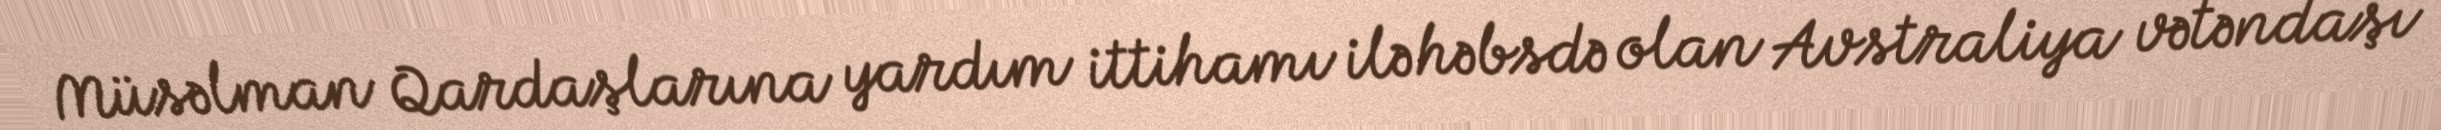
Müsəlman Qardaşlarına yardım ittihamı ilə həbsdə olan Avstraliya vətəndaşı